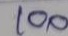
100